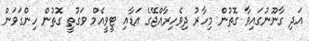
އަދި ގާނޫނުގައިވާ ގޮތުން މިހާރު ދިވެހިރާއްޖޭގެ އަޑާއި ޓީވީއެމް ވަގުތީ ގޮތުން ހިންގަވަން